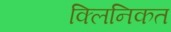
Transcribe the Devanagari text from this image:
क्लिनिकत